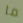
ما